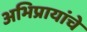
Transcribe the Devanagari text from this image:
अभिप्रायांचे